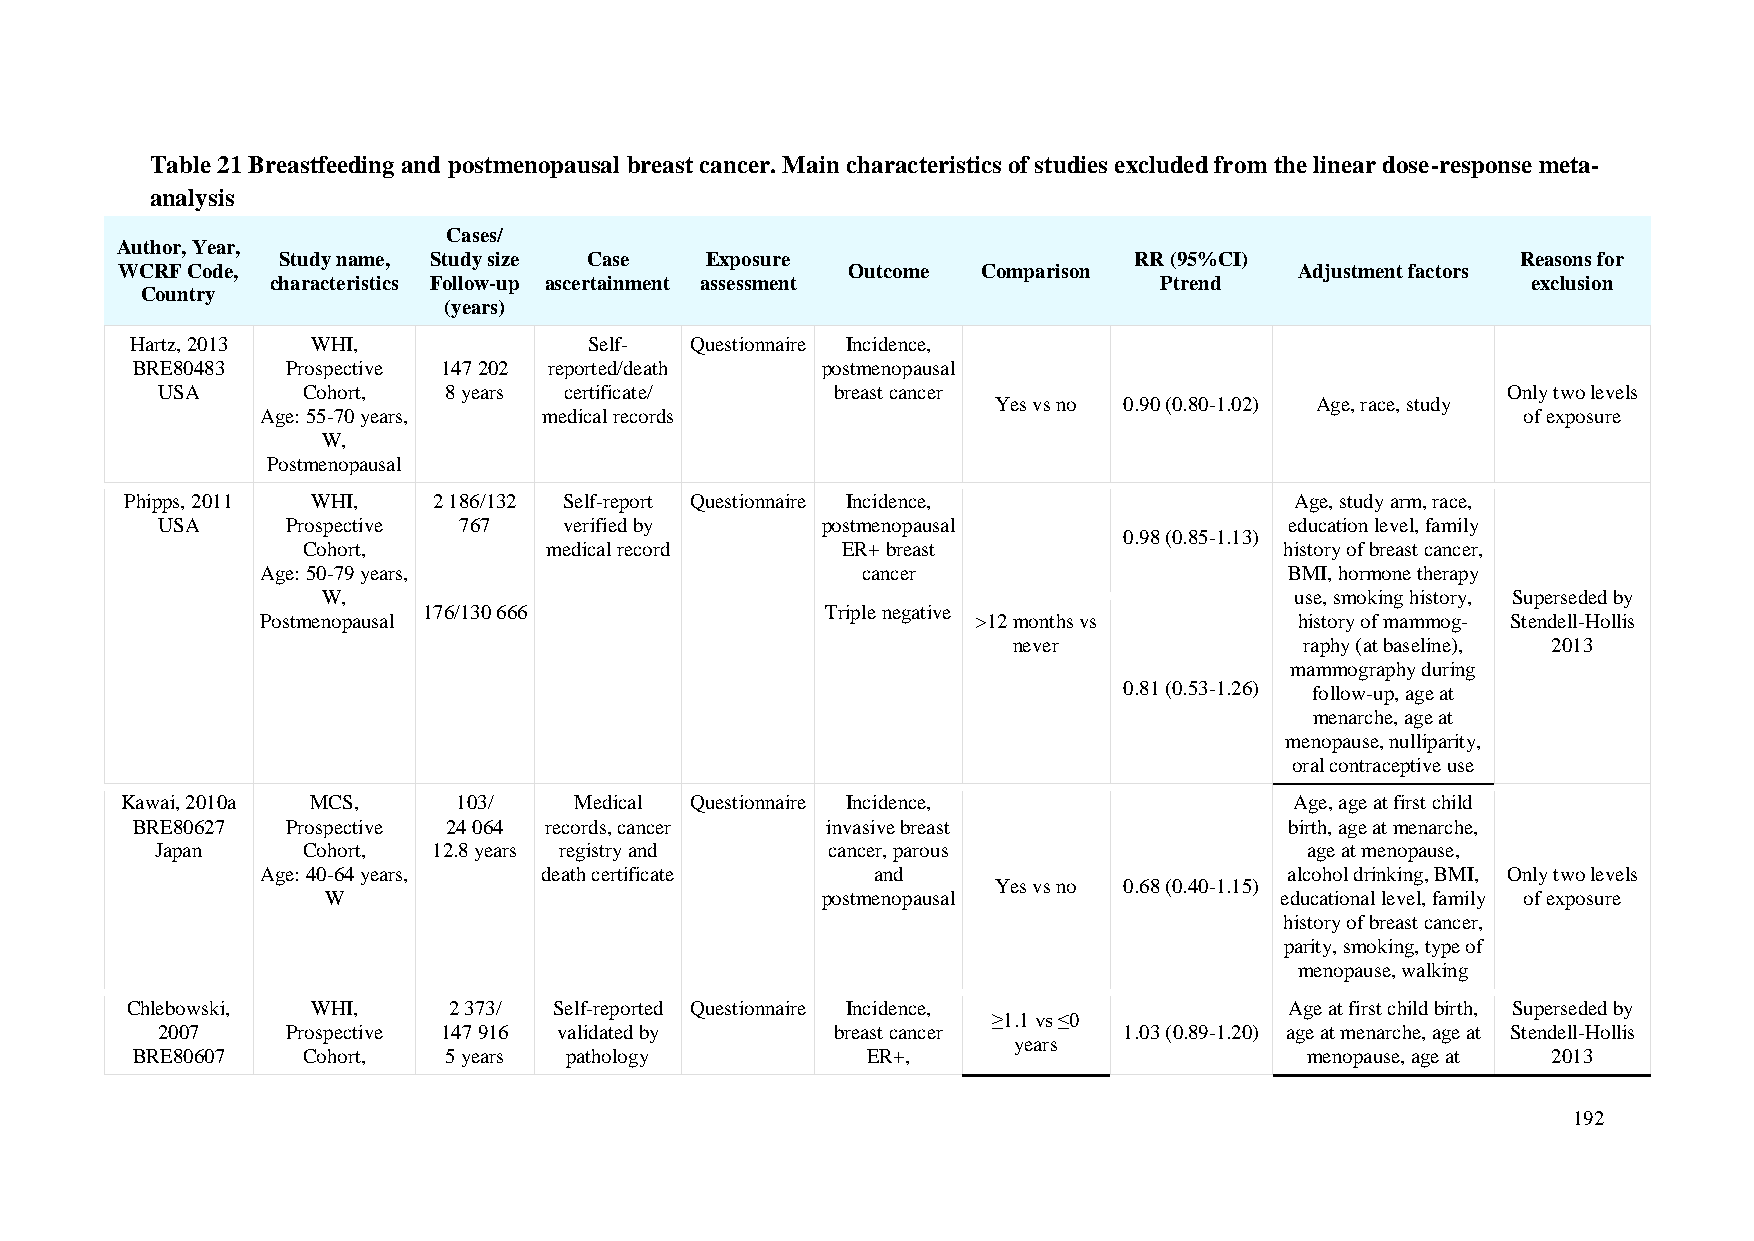
Table 21 Breastfeeding and postmenopausal breast cancer. Main characteristics of studies excluded from the linear dose-response meta-
 analysis
 Cases/
 Author, Year,
 Study name, Study size Case  Exposure                    RR (95%CI)                Reasons for
 WCRF Code,                                      Outcome  Comparison           Adjustment factors
 characteristics Follow-up ascertainment assessment         Ptrend                  exclusion
 Country
 (years)
 Hartz, 2013 WHI,              Self-  Questionnaire Incidence,
 BRE80483  Prospective 147 202 reported/death postmenopausal
 USA       Cohort,  8 years certificate/      breast cancer                                Only two levels
 Yes vs no 0.90 (0.80-1.02) Age, race, study
 Age: 55-70 years,  medical records                                                  of exposure
 W,
 Postmenopausal
 Phipps, 2011 WHI,    2 186/132 Self-report Questionnaire Incidence,           Age, study arm, race,
 USA      Prospective 767   verified by      postmenopausal                 education level, family
 0.98 (0.85-1.13)
 Cohort,         medical record      ER+ breast                   history of breast cancer,
 Age: 50-79 years,                       cancer                      BMI, hormone therapy
 W,                                                               use, smoking history, Superseded by
 176/130 666                Triple negative
 Postmenopausal                                  >12 months vs        history of mammog- Stendell-Hollis
 never              raphy (at baseline), 2013
 mammography during
 0.81 (0.53-1.26) follow-up, age at
 menarche, age at
 menopause, nulliparity,
 oral contraceptive use
 Kawai, 2010a MCS,     103/    Medical Questionnaire Incidence,                Age, age at first child
 BRE80627  Prospective 24 064 records, cancer  invasive breast               birth, age at menarche,
 Japan     Cohort,  12.8 years registry and   cancer, parous                  age at menopause,
 Age: 40-64 years,  death certificate     and                        alcohol drinking, BMI, Only two levels
 Yes vs no 0.68 (0.40-1.15)
 W                                postmenopausal                 educational level, family of exposure
 history of breast cancer,
 parity, smoking, type of
 menopause, walking
 Chlebowski,  WHI,     2 373/ Self-reported Questionnaire Incidence,          Age at first child birth, Superseded by
 ≥1.1 vs ≤0
 2007     Prospective 147 916 validated by    breast cancer      1.03 (0.89-1.20) age at menarche, age at Stendell-Hollis
 years
 BRE80607   Cohort,  5 years pathology           ER+,                          menopause, age at 2013
 192